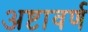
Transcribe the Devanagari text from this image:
अष्टावर्ण